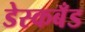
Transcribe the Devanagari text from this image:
डेस्कबँड